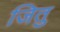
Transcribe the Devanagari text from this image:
जितु